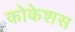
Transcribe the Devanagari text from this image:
कोकेशस